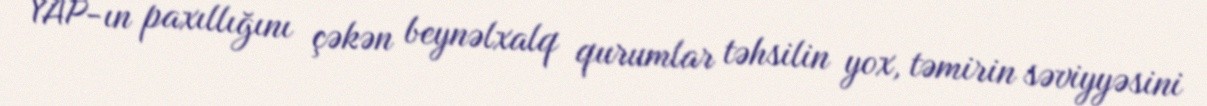
YAP-ın paxıllığını çəkən beynəlxalq qurumlar təhsilin yox, təmirin səviyyəsini